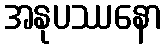
အနုပဿနော